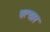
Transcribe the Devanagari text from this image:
पत्थार